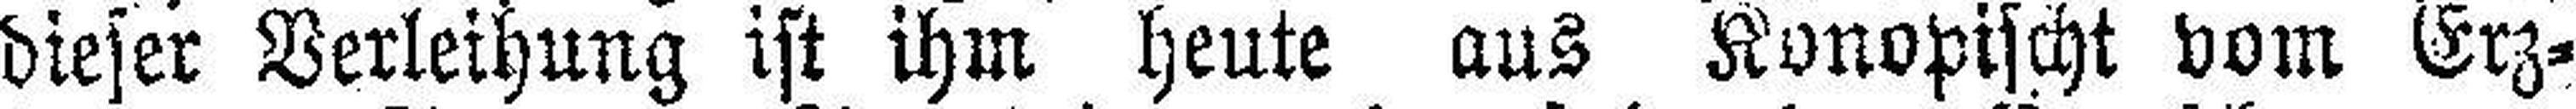
dieser Verleihung ist ihm heute aus Konopischt vom Erz¬